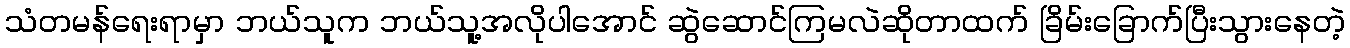
သံတမန်ရေးရာမှာ ဘယ်သူက ဘယ်သူ့အလိုပါအောင် ဆွဲဆောင်ကြမလဲဆိုတာထက် ခြိမ်းခြောက်ပြီးသွားနေတဲ့